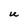
Character: u